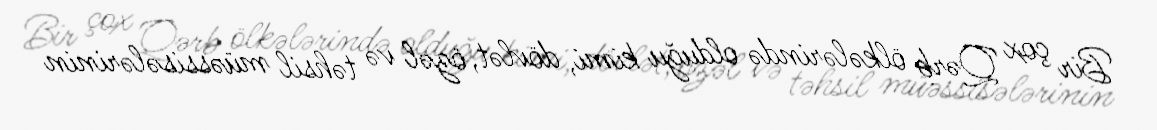
Bir çox Qərb ölkələrində olduğu kimi, dövlət, özəl və təhsil müəssisələrinin